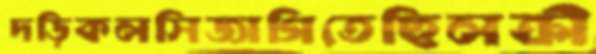
দড়িকলসিজাগিতেছিলক্রী